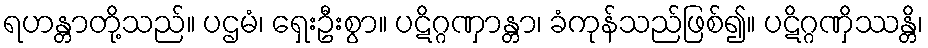
ရဟန္တာတို့သည်။ ပဌမံ၊ ရှေးဦးစွာ။ ပဋိဂ္ဂဏှာန္တာ၊ ခံကုန်သည်ဖြစ်၍။ ပဋိဂ္ဂဏှိဿန္တိ၊